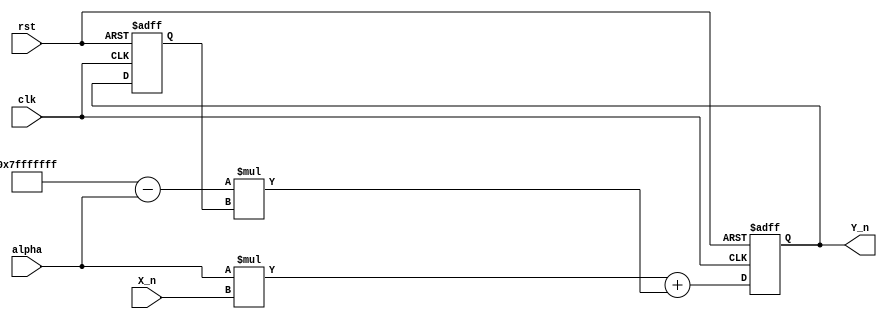
module ExponentialMovingAverage(
    input wire clk,
    input wire rst,
    input wire signed [31:0] X_n,
    input wire signed [31:0] alpha,
    output reg signed [31:0] Y_n
);

reg signed [31:0] Y_n_1;

always @(posedge clk or posedge rst) begin
    if (rst) begin
        Y_n <= 0;
        Y_n_1 <= 0;
    end else begin
        Y_n <= alpha * X_n + (32'h7fffffff - alpha) * Y_n_1;
        Y_n_1 <= Y_n;
    end
end

endmodule